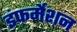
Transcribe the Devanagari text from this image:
इंफर्मेशन